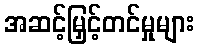
အဆင့်မြှင့်တင်မှုများ